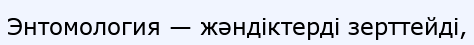
Энтомология — жәндіктерді зерттейді,